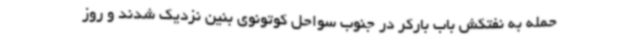
حمله به نفتکش باب بارکر در جنوب سواحل کوتونوی بنین نزدیک شدند و روز